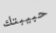
حبيبتك